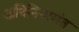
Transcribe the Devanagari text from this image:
अधिनियामंत